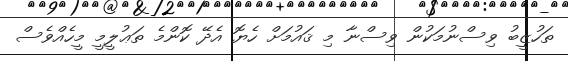
ތަހުޒީބު ވިސްނުމަކުން ވިސްނާ މި ޤައުމަށް ހެޔޮ އެދޭ ކޮންމެ ތަޢުލީމީ މީހެއްވެސް